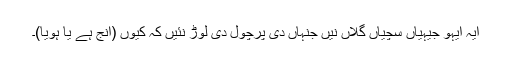
ایہ ایہو جیہیاں سچیاں گلاں نیں جنہاں دی پرچول دی لوڑ نئیں کہ کیوں (انج ہے یا ہویا)۔